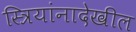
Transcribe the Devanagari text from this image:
स्त्रियांनादेखील